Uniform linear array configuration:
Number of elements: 4
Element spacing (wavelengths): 1
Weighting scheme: exponential
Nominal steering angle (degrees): -45
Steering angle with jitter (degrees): -45.007
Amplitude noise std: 0.05
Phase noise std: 0.05

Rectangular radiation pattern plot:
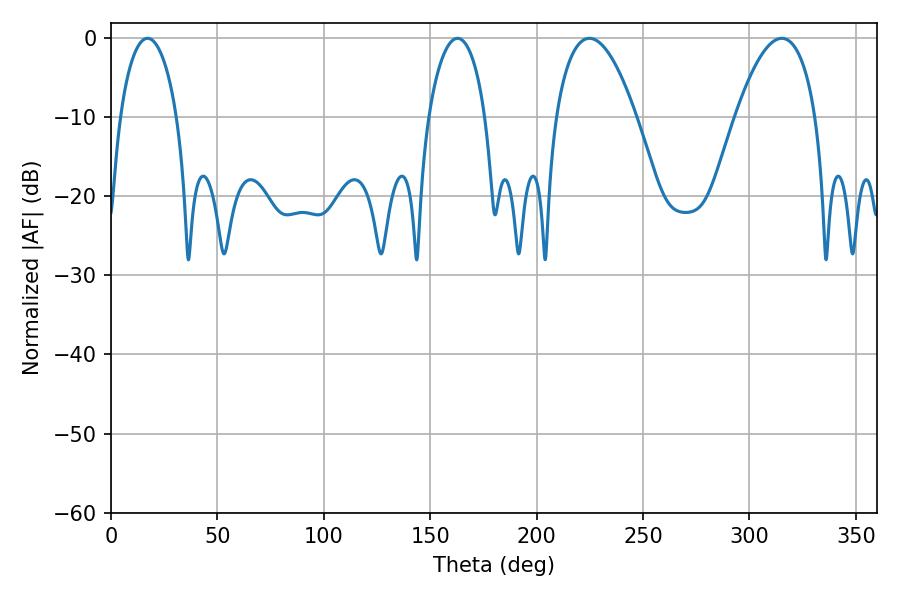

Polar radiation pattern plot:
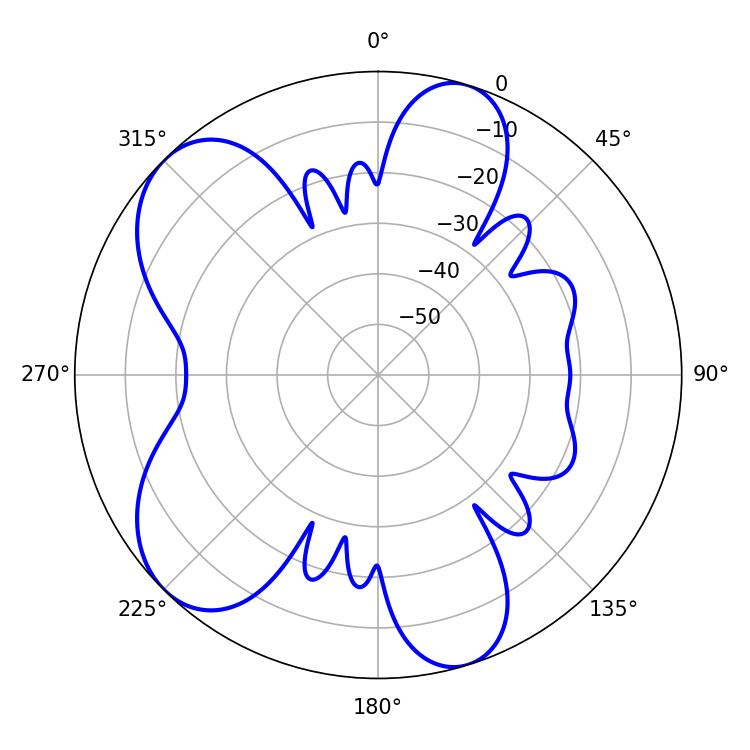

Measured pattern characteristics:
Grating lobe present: TRUE
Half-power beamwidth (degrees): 21.06
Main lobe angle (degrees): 224.82